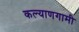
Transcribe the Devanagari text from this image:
कल्याणगामी